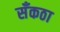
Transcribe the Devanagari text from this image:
सँकठा